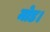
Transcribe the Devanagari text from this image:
मोड।